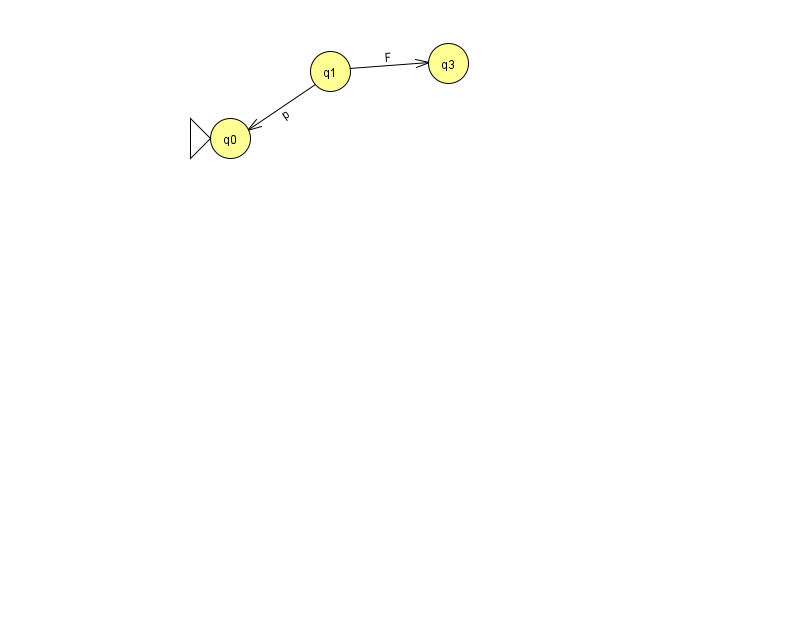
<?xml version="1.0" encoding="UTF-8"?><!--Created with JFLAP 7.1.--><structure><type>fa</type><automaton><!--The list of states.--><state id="0" name="q0"><x>230.0</x><y>125.0</y><initial/></state><state id="1" name="q1"><x>330.0</x><y>58.0</y></state><state id="3" name="q3"><x>448.0</x><y>50.0</y></state><!--The list of transitions.--><transition><from>1</from><to>0</to><read>p</read></transition><transition><from>1</from><to>3</to><read>F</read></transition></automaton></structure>